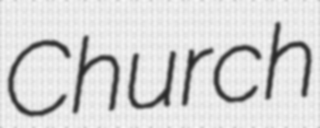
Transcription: Church